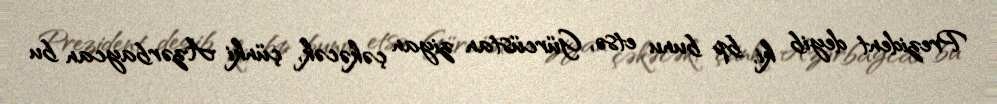
Prezident deyib ki, bp bunu etsə, Gürcüstan ziyan çəkəcək, çünki Azərbaycan bu